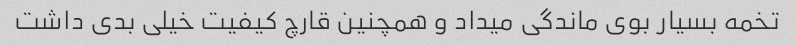
تخمه بسیار بوی ماندگی میداد و همچنین قارچ کیفیت خیلی بدی داشت